Annual statistical returns and brief notes on vaccination in Bengal - 1896-1909
Year: 1896
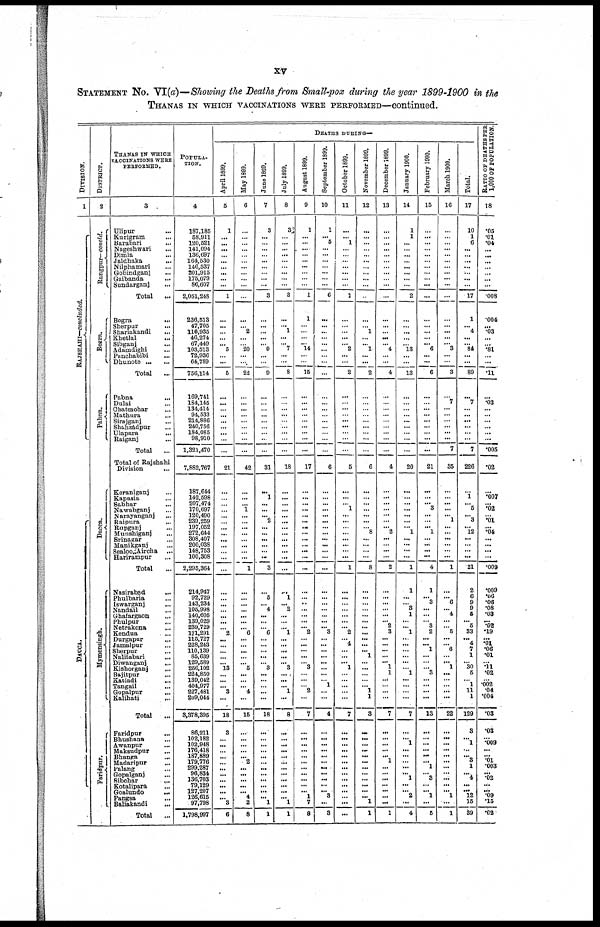
xv
STATEMENT No. VI(a)—Showing the Deaths from Small-pox during the year 1899-1900 in the
THANAS IN WHICH VACCINATIONS WERE PERFORMED—continued.
DIVISION.
1
RAJSHAHI—concluded.
DACCA.
DISTRICT.
2
Rangpur— concld.
Bogra.
Pabna.
Dacca.
Mymensingh.
Faridpur.
THANAS IN WHICH
VACCINATIONS WERE
PERFORMED.
3
Ulipur ...
Kurigram ...
Barabari ...
Nageshwari ...
Dimla ...
Jaldhaka
...
Nilphamari ...
Gobindganj ...
Gaibanda
...
Sundarganj ...
Total ...
Bogra
...
Sherpur
...
Shariakandi ...
Khetlal ...
Sibganj ...
Adamdighi ...
Panchabibi ...
Dhunote ... ...
Total ...
Pabna
...
Dulai ...
Chatmohar ...
Mathura ...
Sirajganj ...
Shahzadpur ...
Ulapara
...
Raiganj ...
Total ...
Total of Rajshahi
Division
...
Keraniganj ...
Kapasia ...
Sabhar
...
Nawabganj ...
Narayanganj ...
Raipura ...
Rupganj ...
Munshiganj ...
Srinagar ...
Manikganj ...
Sealoo Aircha ...
Harirampur ...
Total ...
Nasirabad
...
Phulbaria ...
Iswarganj ...
Nandail ...
Ghafargaon ...
Phulpur
...
Netrakona
...
Kendua ...
Durgapur
...
Jamalpur ...
Sherpur ...
Nalitabari ...
Diwanganj
...
Kishorganj ...
Sajitpur ...
Katiadi
...
Tangail ...
Gopalpur
...
Kalihati ...
Total
...
Faridpur ...
Bhushana
...
Awanpur ...
Maksudpur ...
Bhanga
...
Madaripur ...
Palang ...
Gopalganj ...
Sibchar
...
Kotalipara ...
Goalundo
...
Pangsa
...
Baliakandi ...
Total ...
POPULA-
TION.
4
187,185
58,911
120,521
141,094
136,687
164,530
146,537
201,915
1175,079
86,607
2,051,248
236,513
47,705
116,935
46,274
67,449
103,513
72,936
64,789
756,114
169,741
184,145
134,414
94,533
214,886
240,756
184,085
98,910
1,321,470
7,882,767
187,644
142,598
207,474
170,697
120,490
239,259
197,052
272,644
308,407
200,038
148,753
100,308
2,295,364
214,947
92,729
143,234
105,998
140,605
139,029
239,729
171,291
115,727
228,243
110,139
85,639
129,589
256,102
224,850
139,042
404,977
227,481
209,044
3,378,395
86,211
102,182
102,948
176,418
187,889
179,776
299,287
96,834
136,703
79,129
127,207
126,615
97,798
1,798,997
DEATHS DURING—
April 1899.
5
1
... ...
...
...
...
...
...
...
...
1
...
... ...
...
... 5
...
...
5
...
...
...
...
...
...
...
...
...
21
...
...
...
...
...
...
...
...
... ...
...
...
...
...
...
...
...
...
...
... 2
...
...
...
...
... 13
...
...
... 3
...
18
3
...
... ...
...
...
...
...
...
... ...
... 3
6
May 1899.
6
...
...
...
...
...
... ...
...
...
...
...
...
... 2
...
...
20
...
...
22
...
...
...
...
...
...
...
...
...
42
...
... ... 1
...
...
...
...
... ...
...
...
1
...
...
...
...
...
...
... 6
...
...
...
...
... 5
...
...
... 4
...
15
...
...
... ...
... 2
...
... ...
... ... 4
2
8
June 1899.
7
3
...
... ...
...
...
...
...
...
...
3
...
... ...
...
... 9
...
...
9
...
...
...
...
... ...
... ...
...
31
...
1
...
...
... 2
...
...
...
...
...
...
3
...
5
... 4
... ...
... 6
...
...
...
...
... 3
...
...
...
...
...
18
...
... ...
...
...
...
...
...
...
... ...
... 1
1
July 1899.
8
3
... ...
...
...
...
... ...
...
...
3
...
... 1
...
... 7
...
...
8
...
...
...
...
... ...
...
...
...
18
...
... ...
...
...
... ...
...
... ...
...
...
...
...
1
... 2
...
...
...
1
...
...
...
...
... 3
...
...
... 1
...
8
...
...
...
...
...
...
...
...
...
... ...
... 1
1
August 1899.
9
1
...
...
...
...
...
...
...
...
...
1
1
...
...
...
... 14
...
...
15
...
...
...
...
...
...
...
...
...
17
...
... ...
...
...
... ...
...
...
...
...
...
...
...
... ...
...
...
...
... 2
...
...
...
...
... 3
...
...
... 2
...
7
...
... ... ...
...
... ...
...
...
... ... 1
7
8
September 1899.
10
1
... 5
...
...
...
... ...
...
...
6
...
...
...
...
...
...
...
...
...
...
...
...
...
... ...
...
...
...
6
...
... ...
... ...
... ...
...
... ...
...
...
...
...
...
...
...
...
...
... 3
...
...
...
...
...
...
...
... 1
...
...
4
...
...
... ...
...
...
...
... ...
... ... 3
...
3
October 1899.
11
1
... 1
...
...
... ...
...
...
...
1
...
...
...
...
... 2
...
...
2
...
...
...
...
... ...
...
...
...
5
...
... ... 1
...
...
...
...
... ...
...
...
1
...
...
...
...
... ...
... 2
... 4
...
...
... 1
...
...
...
...
...
7
...
... ... ...
...
... ...
...
...
... ...
...
...
...
November 1899.
12
...
... ...
... ...
...
... ...
...
...
...
...
...
1
...
...
1
...
...
2
...
...
...
...
...
...
...
...
...
6
...
... ...
...
...
...
...
8
...
...
...
...
8
...
...
...
...
... ...
...
...
...
...
... 1
...
...
...
...
... 1
1
3
...
...
...
...
...
... ...
...
...
... ...
... 1
1
December 1899.
13
...
...
...
... ...
...
... ...
...
...
...
...
...
...
...
... 4
...
...
4
...
...
...
...
... ...
...
...
...
4
...
... ...
...
...
... ... 2
...
...
...
...
2
...
...
...
...
...
... 2
3
...
...
...
...
... 1
1
...
...
...
...
7
...
...
... ...
... 1
...
...
...
... ...
...
...
1
January 1900.
14
1
1
... ...
...
... ...
...
...
...
2
...
...
...
...
...
13
...
...
13
...
...
... ...
...
...
...
...
...
20
...
... ...
... ...
... ... 1
...
...
...
...
1
1
...
... 3
1
...
... 1
...
...
...
...
...
... 1
...
...
...
...
7
...
... 1
...
...
... ...
... 1
... ... 2
...
4
February 1900.
15
...
...
...
...
... ...
... ...
...
...
...
...
... ...
...
...
6
...
...
6
...
...
...
...
... ...
...
...
...
21
...
...
... 3
...
... ... 1
...
...
...
...
4
1
... 3
...
... ... 3
2
...
... 1
...
...
... 3
...
...
...
...
13
...
...
... ... ...
... 1
... 3
... ... 1
...
5
March 1900.
16
...
...
...
...
...
...
...
...
...
...
...
...
...
...
...
...
3
...
...
3
...
7
...
...
... ...
...
...
7
35
...
...
...
...
... 1
...
...
...
...
...
...
1
...
... 6
... 4
...
... 5
...
... 6
...
... 1
... ...
...
...
...
22
...
...
... ...
...
...
...
...
...
... ... 1
...
1
Total.
17
10
1
6
...
...
...
...
...
...
...
17
1
...
4
...
...
84
...
...
89
...
7
...
...
... ...
...
...
7
226
...
1
... 5
... 3
... 12
...
...
...
...
21
2
6
9
9
5
... 5
33
... 4
7
1
... 30
5
...
1
11
1
129
3
... 1
...
... 3
1
... 4
...
... 12
15
39
RATIO OF DEATHS PER
1,000 OF POPULATION.
18
.05
.01
.04
...
... ...
... ...
...
...
.008
.004
...
.03
...
...
.81
...
...
.11
...
.03
...
...
...
...
...
...
.005
.02
...
.007
...
.02
...
.01
...
.04
...
...
...
...
.009
.009
.06
.06
.08
.03
...
.02
.19
...
.01
.06
.01
... .11
.02
...
.002
.04
.004
.03
.03
... .009
...
... .01
.003
...
.02
...
... .09
.15
.02